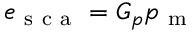
e _ { \mathrm { ~ s ~ c ~ a ~ } } = G _ { p } p _ { \mathrm { ~ m ~ } }